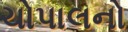
ચોપાલનો